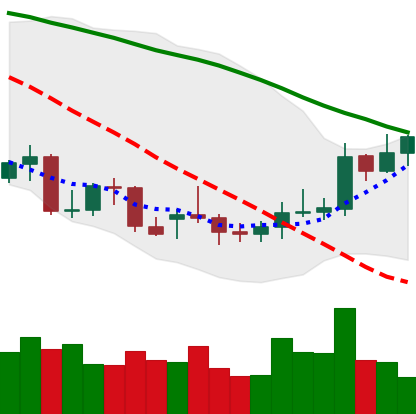
Ticker: XMR-USD
Chart end date: 2021-12-26
Forward return: 5.397%
Label: up_5_7